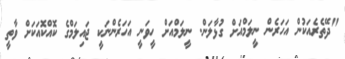
"ދޭތެރެއަކުން އަހަރެން ނީލަމްއަށް ގުޅާލަން. ނީލަމްއަށް ހީވަނީ އަހަރެންނަކީ ޖައިލަމްގެ ކޮއްކޮއަކަށް ވާތީ